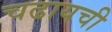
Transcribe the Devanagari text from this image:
चढायची